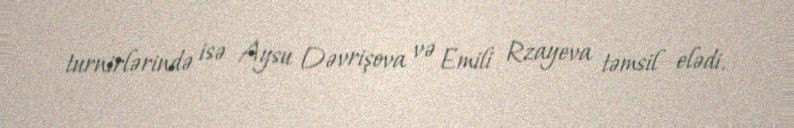
turnirlərində isə Aysu Dəvrişova və Emili Rzayeva təmsil elədi.